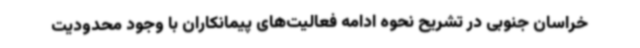
خراسان جنوبی در تشریح نحوه ادامه فعالیت‌های پیمانکاران با وجود محدودیت